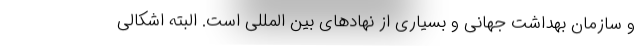
و سازمان بهداشت جهانی و بسیاری از نهادهای بین المللی است. البته اشکالی